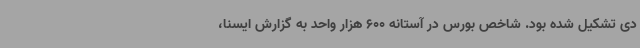
دی تشکیل شده بود. شاخص بورس در آستانه 600 هزار واحد به گزارش ایسنا،